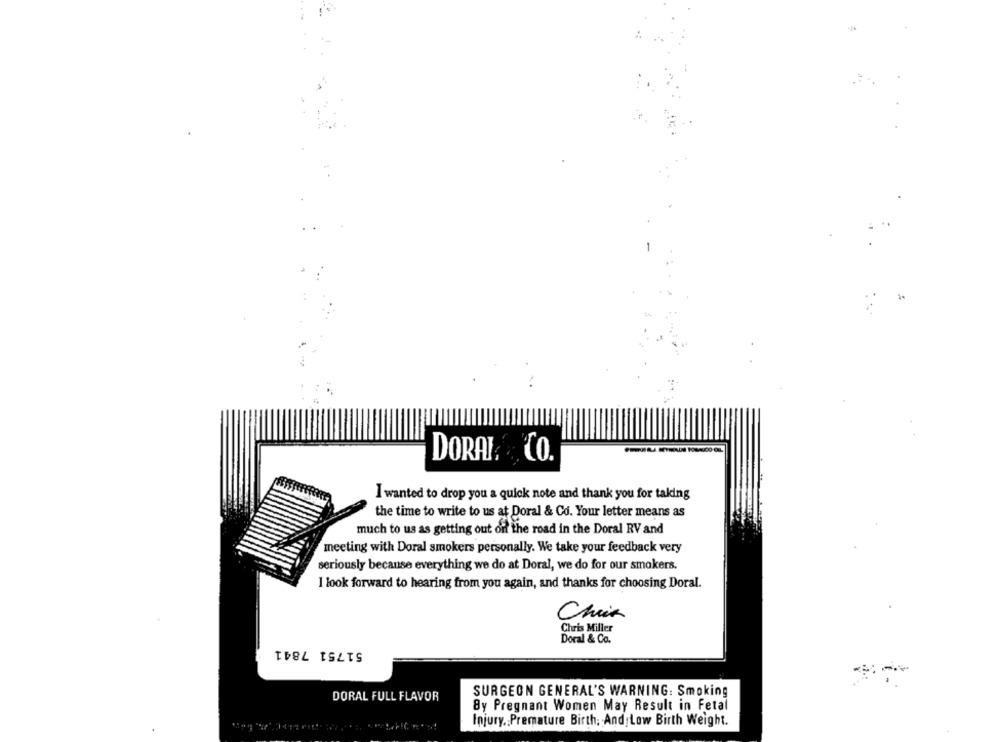
DORAI. CO.
I wanted to drop you a quick note and thank you for taking
the time to write to us at Doral & Co. Your letter means as
much to us as getting out of the road in the Doral RV and
meeting with Doral smokers personally. We take your feedback very
seriously because everything we do at Doral, we do for our smokers.
I look forward to hearing from you again, and thanks for choosing Doral.
Chris
Chris Miller
Doral & Co.
51751 7841
DORAL FULL FLAVOR
SURGEON GENERAL'S WARNING: Smoking
By Pregnant Women May Result in Fetal
Injury. Premature Birth; And Low Birth Weight.